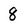
Character: 8